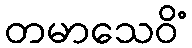
တမာသေဝိံ